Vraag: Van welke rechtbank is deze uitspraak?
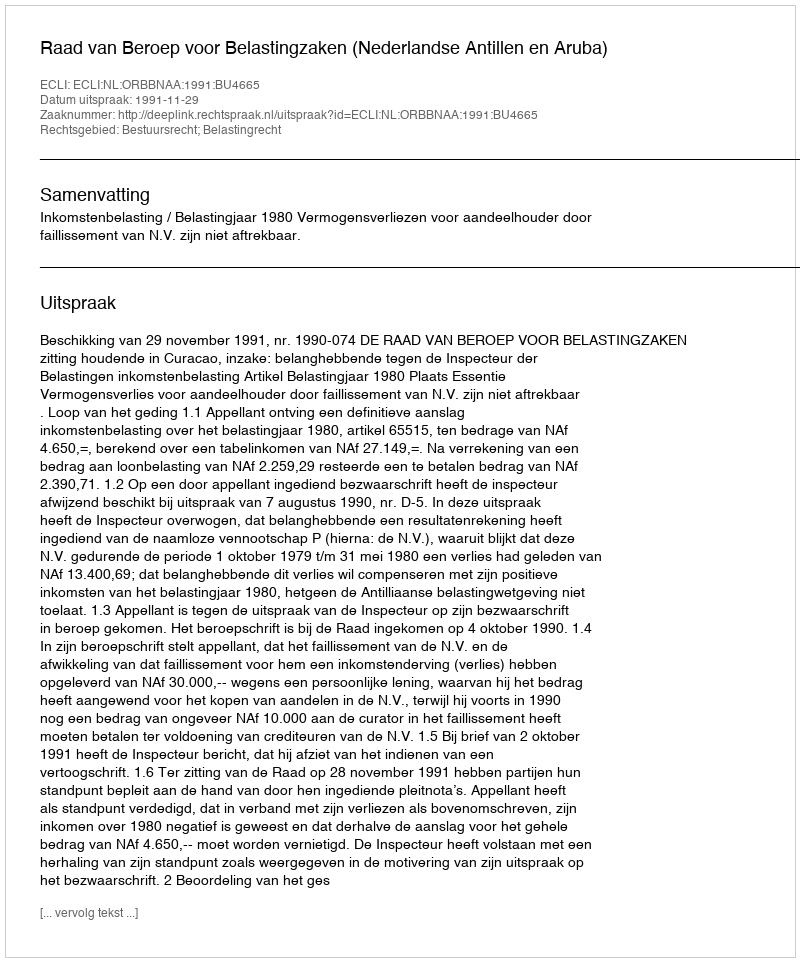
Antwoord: Raad van Beroep voor Belastingzaken (Nederlandse Antillen en Aruba)